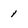
Character: 1